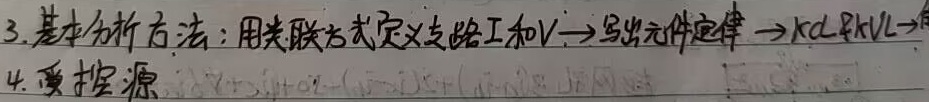
3. 基本分析方法：用关联方式定义支路 \(I\) 和 \(V\)→写出元件定律→\(KCL\)、\(KVL\)→4. 受控源